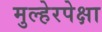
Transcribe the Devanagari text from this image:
मुल्हेरपेक्षा